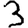
Digit: 3